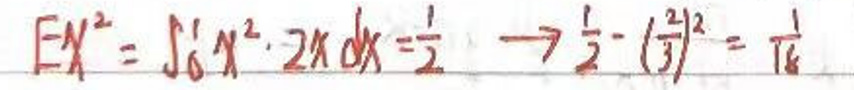
$EX^2=\int_{0}^{1}x^2\cdot 2x dx=\frac{1}{2}\rightarrow\frac{1}{2}-(\frac{3}{7})^2=\frac{1}{16}$